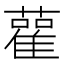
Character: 雚